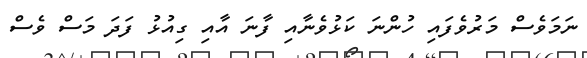
ނަމަވެސް މަރުވެފައި ހުންނަ ކަޅުވެނާއި ފާނަ އާއި ގިއުޅު ފަދަ މަސް ވެސް